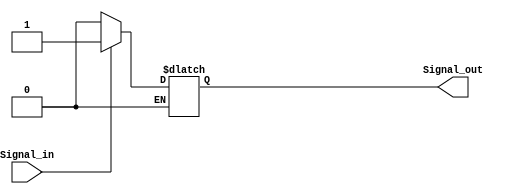
module Schmitt_trigger_buffer (
    input wire Signal_in,
    output wire Signal_out
);

reg Signal_reg;

assign Signal_out = Signal_reg;

always @ (Signal_in)
begin
    if (Signal_in == 1'b1) 
    begin
        Signal_reg <= 1'b1;
    end
    else if (Signal_in == 1'b0)
    begin
        Signal_reg <= 1'b0;
    end
end

endmodule